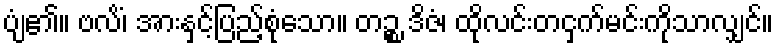
ပျံ၏။ ဗလိံ၊ အားနှင့်ပြည့်စုံသော။ တဉ္စ ဒိဇံ၊ ထိုလင်းတငှက်မင်းကိုသာလျှင်။